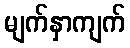
မျက်နှာကျက်